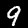
Digit: 9